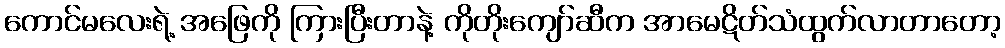
ကောင်မလေးရဲ့ အဖြေကို ကြားပြီးတာနဲ့ ကိုတိုးကျော်ဆီက အာမေဋိတ်သံထွက်လာတာတော့